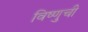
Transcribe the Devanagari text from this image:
विष्णुची